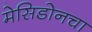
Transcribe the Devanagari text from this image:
मेसिडोनचा